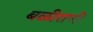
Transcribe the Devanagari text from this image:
बळीराणी